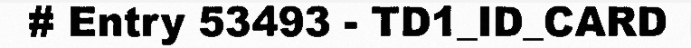
# Entry 53493 - TD1_ID_CARD